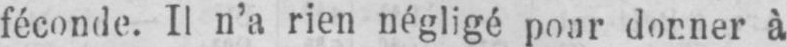
féconde. Il n’a rien négligé pour donner à